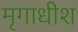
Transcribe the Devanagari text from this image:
मृगाधीश